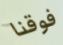
فوقنا